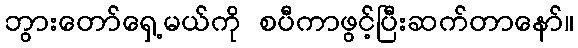
ဘွားတော်ရှေ့မယ်ကို စပီကာဖွင့်ပြီးဆက်တာနော်။